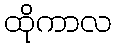
ထိုကာလ